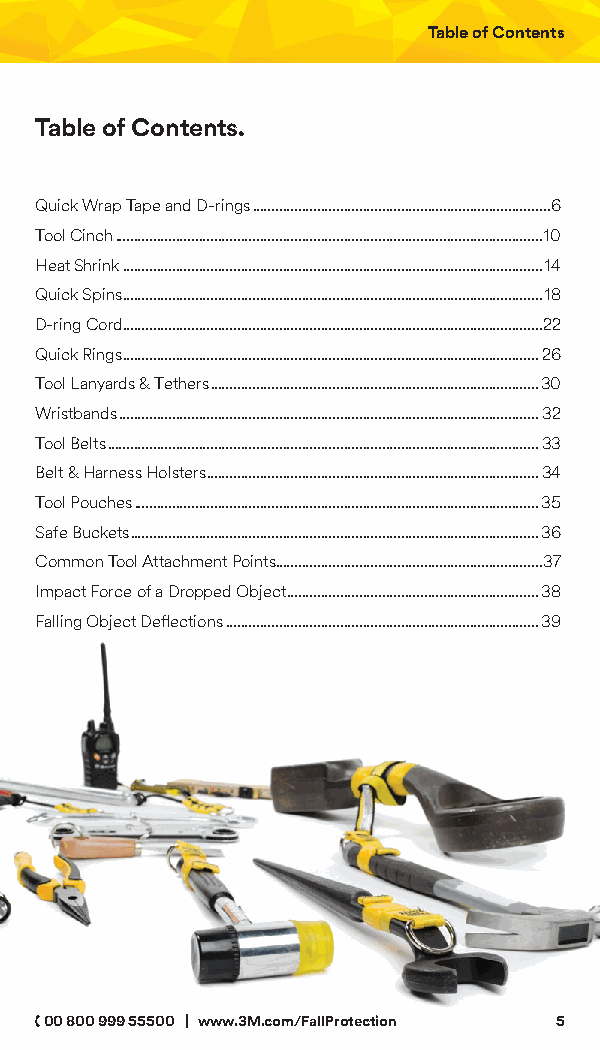
Table of Contents
 Table of Contents.
 Quick Wrap Tape and D-rings ..............................................................................6
 Tool Cinch ................................................................................................................10
 Heat Shrink ..............................................................................................................14
 Quick Spins ..............................................................................................................18
 D-ring Cord ..............................................................................................................22
 Quick Rings .............................................................................................................26
 Tool Lanyards & Tethers ......................................................................................30
 Wristbands ..............................................................................................................32
 Tool Belts .................................................................................................................33
 Belt & Harness Holsters .......................................................................................34
 Tool Pouches ..........................................................................................................35
 Safe Buckets ...........................................................................................................36
 Common Tool Attachment Points......................................................................37
 Impact Force of a Dropped Object ..................................................................38
 Falling Object Deflections ..................................................................................39
 00 800 999 55500 | www.3M.com/FallProtection 5